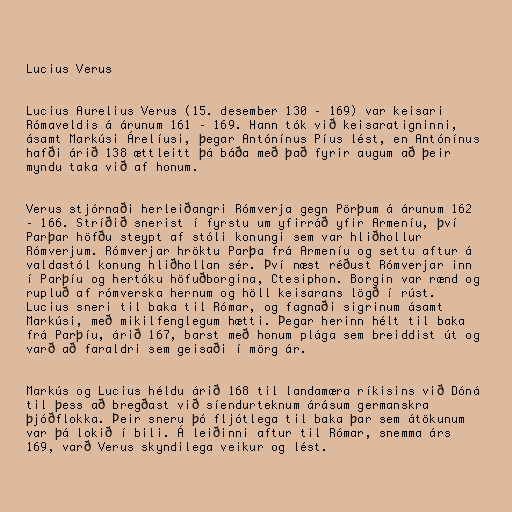
Lucius Verus

Lucius Aurelius Verus (15. desember 130 – 169) var keisari
Rómaveldis á árunum 161 – 169. Hann tók við keisaratigninni,
ásamt Markúsi Árelíusi, þegar Antónínus Píus lést, en Antónínus
hafði árið 138 ættleitt þá báða með það fyrir augum að þeir
myndu taka við af honum.

Verus stjórnaði herleiðangri Rómverja gegn Pörþum á árunum 162
– 166. Stríðið snerist í fyrstu um yfirráð yfir Armeníu, því
Parþar höfðu steypt af stóli konungi sem var hliðhollur
Rómverjum. Rómverjar hröktu Parþa frá Armeníu og settu aftur á
valdastól konung hliðhollan sér. Því næst réðust Rómverjar inn
í Parþíu og hertóku höfuðborgina, Ctesiphon. Borgin var rænd og
rupluð af rómverska hernum og höll keisarans lögð í rúst.
Lucius sneri til baka til Rómar, og fagnaði sigrinum ásamt
Markúsi, með mikilfenglegum hætti. Þegar herinn hélt til baka
frá Parþíu, árið 167, barst með honum plága sem breiddist út og
varð að faraldri sem geisaði í mörg ár.

Markús og Lucius héldu árið 168 til landamæra ríkisins við Dóná
til þess að bregðast við síendurteknum árásum germanskra
þjóðflokka. Þeir sneru þó fljótlega til baka þar sem átökunum
var þá lokið í bili. Á leiðinni aftur til Rómar, snemma árs
169, varð Verus skyndilega veikur og lést.